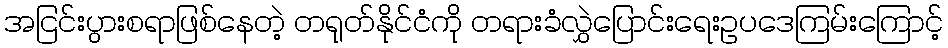
အငြင်းပွားစရာဖြစ်နေတဲ့ တရုတ်နိုင်ငံကို တရားခံလွှဲပြောင်းရေးဥပဒေကြမ်းကြောင့်